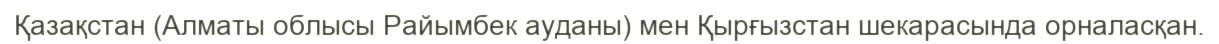
Қазақстан (Алматы облысы Райымбек ауданы) мен Қырғызстан шекарасында орналасқан.